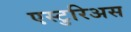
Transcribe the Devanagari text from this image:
एस्टुरिअस